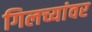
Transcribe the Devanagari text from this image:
गिलच्यांवर